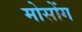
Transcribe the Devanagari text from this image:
मोसोंग